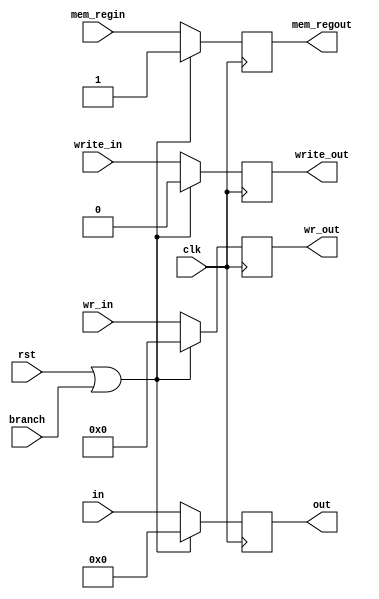
//Accumulator Buffer Register

module accumulator(rst, clk, branch, write_in, write_out, wr_in, wr_out, in, out, mem_regin ,mem_regout);

input clk, rst, branch; 
input [15:0] in;
output reg [15:0] out;



input write_in, mem_regin;
output reg write_out, mem_regout;

input [3:0]wr_in;
output reg [3:0]wr_out;

always @(posedge clk) begin
	if(rst||branch) begin
		out <= 16'h0000;
		wr_out <= 4'b0000;
		write_out <= 1'b0;
		mem_regout <= 1;
		$display("ACC Reset-Flush");
		end
	else begin
		out <= in;
		wr_out <= wr_in;
		write_out <= write_in;
		mem_regout <= mem_regin;
		$display("ACCU OutData:%h  WriteReg:%h  WriteEn:%b Mem_reg: %b",out,wr_out,write_out, mem_regout);
	end 
	end

endmodule